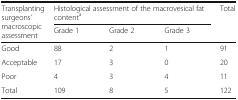
<table><thead><tr><td rowspan="2"><b>Transplanting surgeons’ macroscopic assessment</b></td><td colspan="3"><b>Histological assessment of the macrovesical fat content<sup>a</sup></b></td><td rowspan="2"><b>Total</b></td></tr><tr><td><b>Grade 1</b></td><td><b>Grade 2</b></td><td><b>Grade 3</b></td></tr></thead><tbody><tr><td>Good</td><td>88</td><td>2</td><td>1</td><td>91</td></tr><tr><td>Acceptable</td><td>17</td><td>3</td><td>0</td><td>20</td></tr><tr><td>Poor</td><td>4</td><td>3</td><td>4</td><td>11</td></tr><tr><td>Total</td><td>109</td><td>8</td><td>5</td><td>122</td></tr></tbody></table>